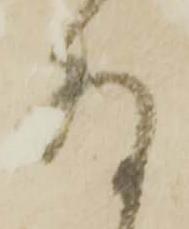
存